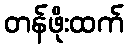
တန်ဖိုးထက်